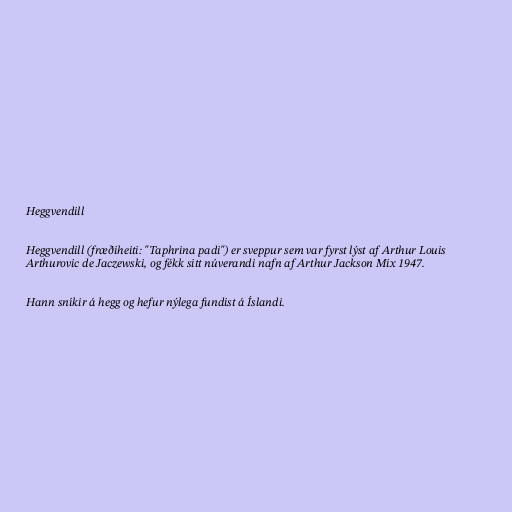
Heggvendill

Heggvendill (fræðiheiti: "Taphrina padi") er sveppur sem var fyrst lýst af Arthur Louis
Arthurovic de Jaczewski, og fékk sitt núverandi nafn af Arthur Jackson Mix 1947.

Hann sníkir á hegg og hefur nýlega fundist á Íslandi.